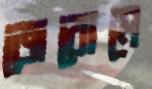
জেরোমে